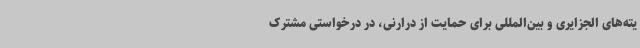
یته‌های الجزایری و بین‌المللی برای حمایت از درارنی، در درخواستی مشترک